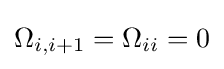
\Omega _{i,i+1}=\Omega _{ii}=0